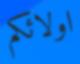
اولائكم